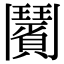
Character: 𩰗